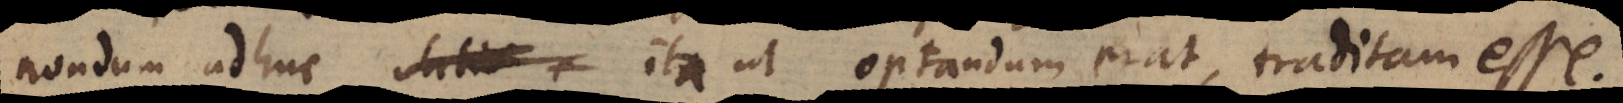
nondum adhuc satis, ita ut optandum erat, traditam esse.